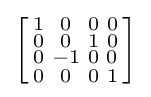
\left[{\begin{smallmatrix}1&0&0&0\\0&0&1&0\\0&-1&0&0\\0&0&0&1\\\end{smallmatrix}}\right]